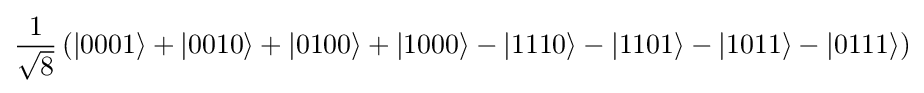
{\frac {1}{\sqrt {8}}}\left(|0001\rangle +|0010\rangle +|0100\rangle +|1000\rangle -|1110\rangle -|1101\rangle -|1011\rangle -|0111\rangle \right)